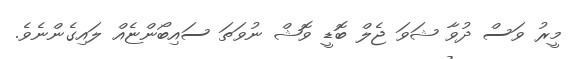
މީރު ވަސް ދުވާ ޝަވަ ޖެލް ބޮޑީ ވޮޝް ނުވަތަ ސައިބޯންޏެއް ލައިގެންނެވެ.